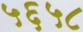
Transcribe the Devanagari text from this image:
५६५८